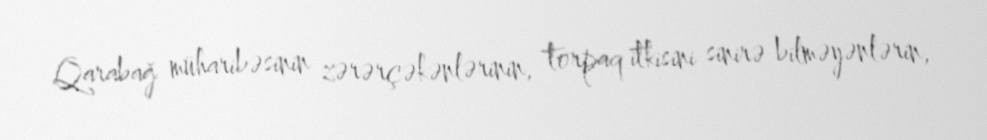
Qarabağ müharibəsinin zərərçəkənlərinin, torpaq itkisini sinirə bilməyənlərin,